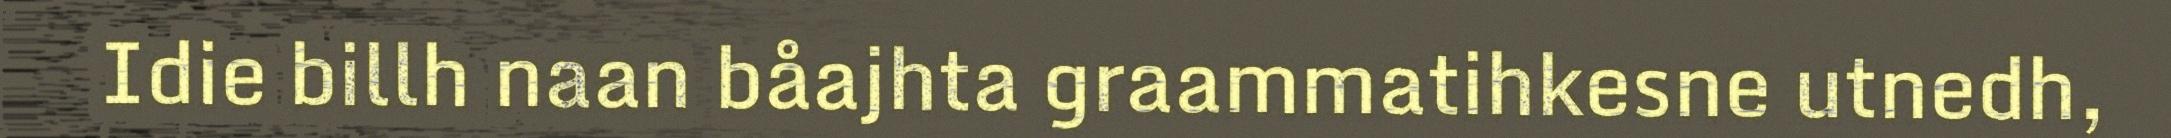
Idie billh naan båajhta graammatihkesne utnedh,